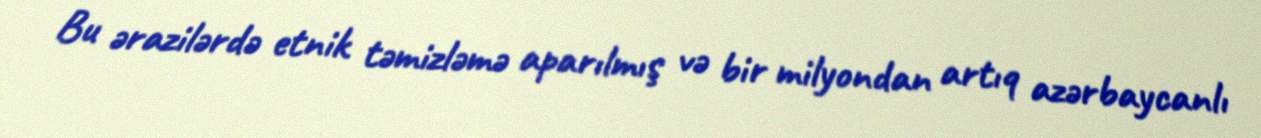
Bu ərazilərdə etnik təmizləmə aparılmış və bir milyondan artıq azərbaycanlı